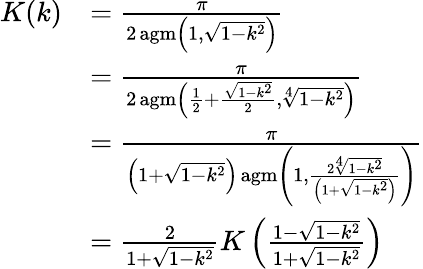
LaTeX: {\begin{array}{rl}{K(k)}&{={\frac{\pi}{2\operatorname{agm}\left(1,{\sqrt{1-k^{2}}}\right)}}}\\ &{={\frac{\pi}{2\operatorname{agm}\left({\frac{1}{2}}+{\frac{\sqrt{1-k^{2}}}{2}},{\sqrt[{4}]{1-k^{2}}}\right)}}}\\ &{={\frac{\pi}{\left(1+{\sqrt{1-k^{2}}}\right)\operatorname{agm}\left(1,{\frac{2{\sqrt[{4}]{1-k^{2}}}}{\left(1+{\sqrt{1-k^{2}}}\right)}}\right)}}}\\ &{={\frac{2}{1+{\sqrt{1-k^{2}}}}}K\left({\frac{1-{\sqrt{1-k^{2}}}}{1+{\sqrt{1-k^{2}}}}}\right)}\end{array}}